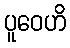
ပူဝေဟိ